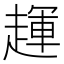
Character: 𬦖